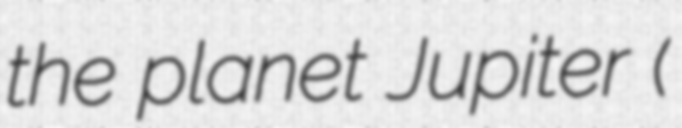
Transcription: the planet Jupiter (木星